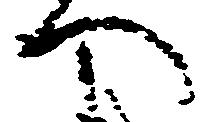
へ